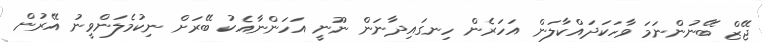
ޖޭޒް ބޭނުންނަމަ ވާހަކަދައްކާލަން އަހަރެން ހިނގައިދާނަން ނޫނީ އަހަންނާއެކު ބޭރަށް ނިކުމެލަންވީނު އޭރުން